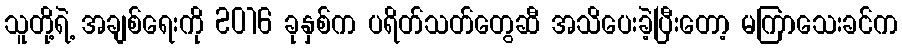
သူတို့ရဲ့ အချစ်ရေးကို 2016 ခုနှစ်က ပရိတ်သတ်တွေဆီ အသိပေးခဲ့ပြီးတော့ မကြာသေးခင်က